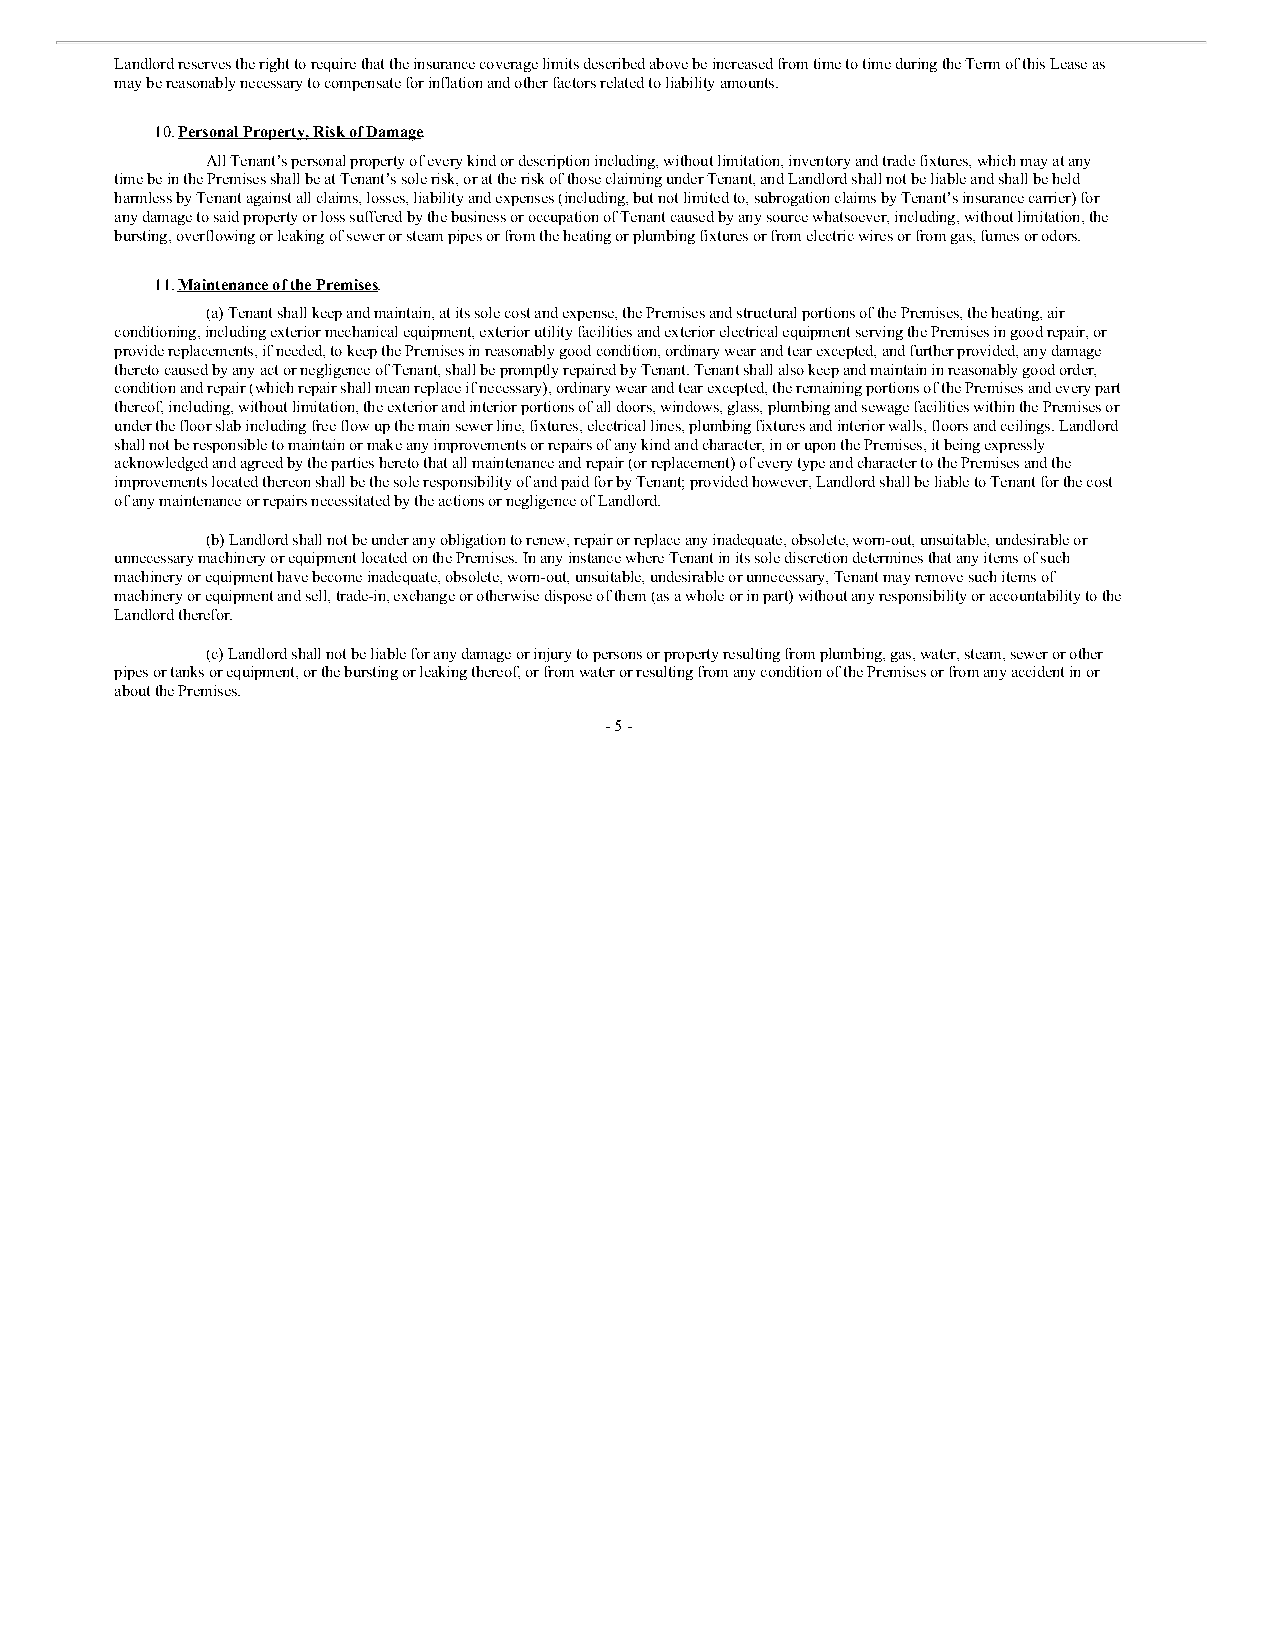
Landlord reserves the right to require that the insurance coverage limits described above be increased from time to time during the Term of this Lease as
 may be reasonably necessary to compensate for inflation and other factors related to liability amounts.
 10. Personal Property, Risk of Damage.
 All Tenant’s personal property of every kind or description including, without limitation, inventory and trade fixtures, which may at any
 time be in the Premises shall be at Tenant’s sole risk, or at the risk of those claiming under Tenant, and Landlord shall not be liable and shall be held
 harmless by Tenant against all claims, losses, liability and expenses (including, but not limited to, subrogation claims by Tenant’s insurance carrier) for
 any damage to said property or loss suffered by the business or occupation of Tenant caused by any source whatsoever, including, without limitation, the
 bursting, overflowing or leaking of sewer or steam pipes or from the heating or plumbing fixtures or from electric wires or from gas, fumes or odors.
 11. Maintenance of the Premises.
 (a) Tenant shall keep and maintain, at its sole cost and expense, the Premises and structural portions of the Premises, the heating, air
 conditioning, including exterior mechanical equipment, exterior utility facilities and exterior electrical equipment serving the Premises in good repair, or
 provide replacements, if needed, to keep the Premises in reasonably good condition, ordinary wear and tear excepted, and further provided, any damage
 thereto caused by any act or negligence of Tenant, shall be promptly repaired by Tenant. Tenant shall also keep and maintain in reasonably good order,
 condition and repair (which repair shall mean replace if necessary), ordinary wear and tear excepted, the remaining portions of the Premises and every part
 thereof, including, without limitation, the exterior and interior portions of all doors, windows, glass, plumbing and sewage facilities within the Premises or
 under the floor slab including free flow up the main sewer line, fixtures, electrical lines, plumbing fixtures and interior walls, floors and ceilings. Landlord
 shall not be responsible to maintain or make any improvements or repairs of any kind and character, in or upon the Premises, it being expressly
 acknowledged and agreed by the parties hereto that all maintenance and repair (or replacement) of every type and character to the Premises and the
 improvements located thereon shall be the sole responsibility of and paid for by Tenant; provided however, Landlord shall be liable to Tenant for the cost
 of any maintenance or repairs necessitated by the actions or negligence of Landlord.
 (b) Landlord shall not be under any obligation to renew, repair or replace any inadequate, obsolete, worn-out, unsuitable, undesirable or
 unnecessary machinery or equipment located on the Premises. In any instance where Tenant in its sole discretion determines that any items of such
 machinery or equipment have become inadequate, obsolete, worn-out, unsuitable, undesirable or unnecessary, Tenant may remove such items of
 machinery or equipment and sell, trade-in, exchange or otherwise dispose of them (as a whole or in part) without any responsibility or accountability to the
 Landlord therefor.
 (c) Landlord shall not be liable for any damage or injury to persons or property resulting from plumbing, gas, water, steam, sewer or other
 pipes or tanks or equipment, or the bursting or leaking thereof, or from water or resulting from any condition of the Premises or from any accident in or
 about the Premises.
 - 5 -